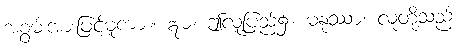
အစွမ်းအားဖြင့်မူကား။ ဣဓ၊ ဤလူ့ပြည်၌။ မနုဿာ၊ လူတို့သည်